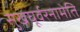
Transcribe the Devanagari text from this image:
सुखघूर्वरनामेति